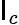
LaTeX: \mathsf{I}_{c}